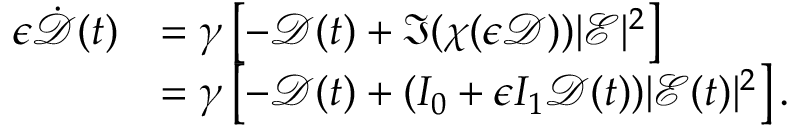
\begin{array} { r l } { \epsilon \dot { \mathcal { D } } ( t ) } & { = \gamma \left[ - \mathcal { D } ( t ) + \Im ( \chi ( \epsilon \mathcal { D } ) ) | \mathcal { E } | ^ { 2 } \right] } \\ & { = \gamma \left[ - \mathcal { D } ( t ) + ( I _ { 0 } + \epsilon I _ { 1 } \mathcal { D } ( t ) ) | \mathcal { E } ( t ) | ^ { 2 } \right] . } \end{array}